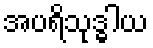
အပရိသုဒ္ဓါယ